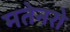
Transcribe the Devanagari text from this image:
मतेनरो